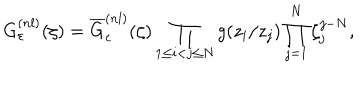
LaTeX: G _ { \varepsilon } ^ { ( n l ) } ( \zeta ) = \overline { { { G } } } _ { \varepsilon } ^ { ( n l ) } ( \zeta ) \prod _ { 1 \leq i < j \leq N } g ( z _ { i } / z _ { j } ) \prod _ { j = 1 } ^ { N } \zeta _ { j } ^ { j - N } ,